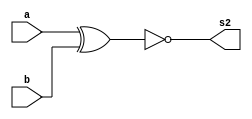
// -------------------------
// Exemplo0023 - COMPARATOR 
// Nome: Silvino Henrique Santos de Souza
// ------------------------- 

// ------------------------- 
// comparador igualdade
// ------------------------- 


// descrever por portas 

module xnorGate (output [5:0] s2,
					 input [5:0] a,
					 input [5:0] b);
assign s2 = ~(a ^ b);
endmodule // xnorGate

module test_comparator; 
// ------------------------- definir dados 
	reg [5:0] a; 
	reg [5:0] b; 
	wire [5:0] igual; 
	
	xnorGate bilara (igual, a, b);

// ------------------------- parte principal 
initial begin 
	$display("Exemplo0023 - Silvino Henrique Santos de Souza - 412773"); 
	$display("Test LU's comparador igualdade"); 

// projetar testes do comparador 
	a = 6'b000000; b = 6'b000001;
	$display("\n%b = %b ? %b(1: igual)", a, b, igual);

end 

endmodule // test_comparator